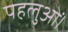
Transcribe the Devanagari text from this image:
पहलुओं।